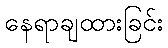
နေရာချထားခြင်း